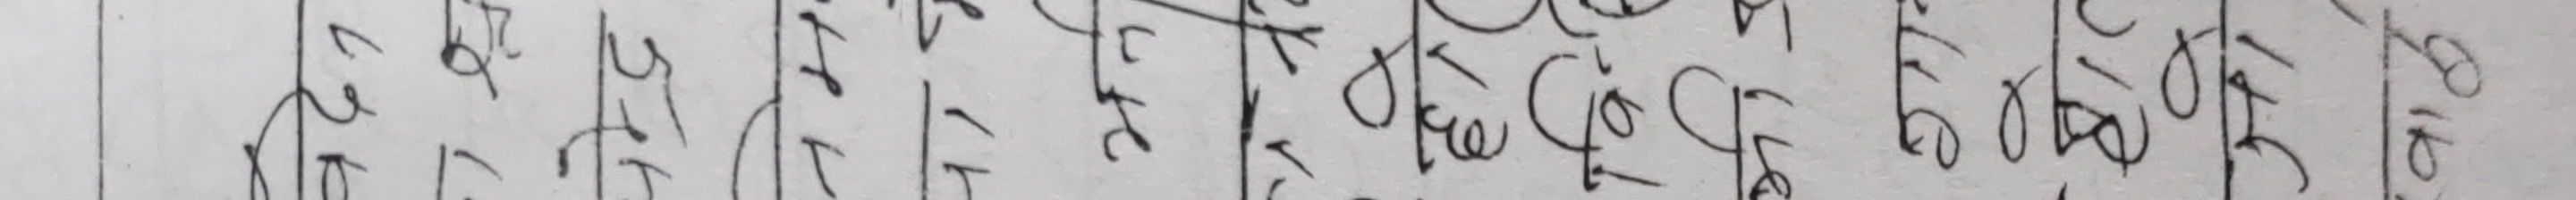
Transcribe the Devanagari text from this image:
कुरत के हो